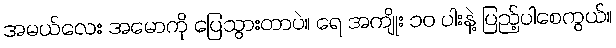
အမယ်လေး အမောကို ပြေသွားတာပဲ။ ရေ အကျိုး ၁၀ ပါးနဲ့ ပြည့်ပါစေကွယ်။